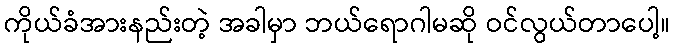
ကိုယ်ခံအားနည်းတဲ့ အခါမှာ ဘယ်ရောဂါမဆို ဝင်လွယ်တာပေါ့။